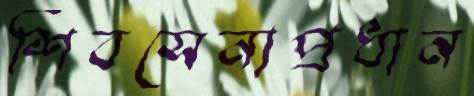
শিবসেনাপ্রধান